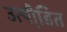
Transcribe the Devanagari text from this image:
उत्पीडि़त